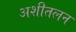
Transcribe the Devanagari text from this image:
अशीतलन